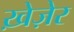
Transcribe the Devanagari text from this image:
ख़ेज़ेर